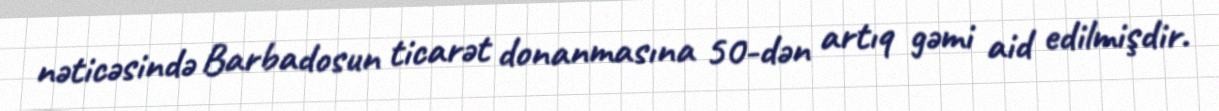
nəticəsində Barbadosun ticarət donanmasına 50-dən artıq gəmi aid edilmişdir.